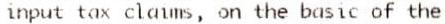
INPUT TAX CLAIMS, ON THE BASIC OF THE